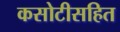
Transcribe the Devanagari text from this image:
कसोटीसहित